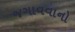
જગાવવાનો